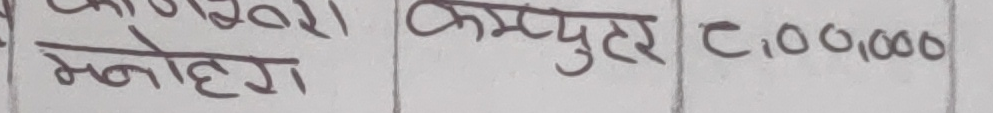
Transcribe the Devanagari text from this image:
कागिहेरा
मनोहग
कम्प्युटर
८,००,०००